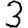
Digit: 3